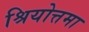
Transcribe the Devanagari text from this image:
श्रियोत्तमा